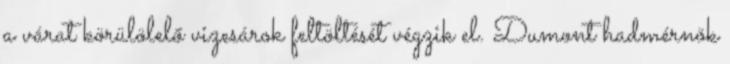
a várat körülölelő vizesárok feltöltését végzik el. Dumont hadmérnök